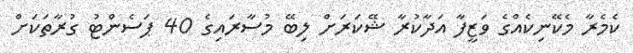
ކެމެރާ މެކޭނިކެއްގެ ވަޒީފާ އަދާކުރާ ޝޭކަރަށް ލިބޭ މުސާރައިގެ 40 ޕަސެންޓު ގުރާތަކަށް